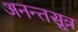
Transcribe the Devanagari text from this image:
अनन्तसूत्र